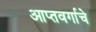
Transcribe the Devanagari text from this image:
आप्तवर्गाचे